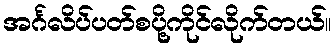
အင်္ဂလိပ်ပတ်စပို့ကိုင်လိုက်တယ်။